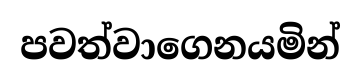
පවත්වාගෙනයමින්